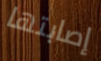
إصابتها